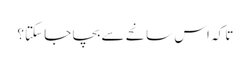
تا کہ اس سانحے سے بچا جا سکتا؟